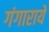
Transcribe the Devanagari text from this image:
गंगाराये